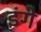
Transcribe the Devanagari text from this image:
इंगे